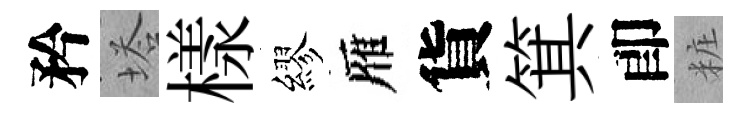
矜塔樣繆雁貨箕卽粧